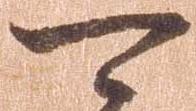
可